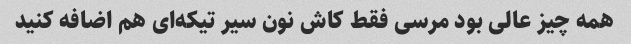
همه چیز عالی بود مرسی فقط کاش نون سیر تیکه‌ای هم اضافه کنید